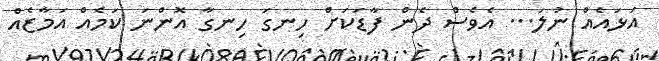
އަޅައެއް ނުލަ... އެވެސް ދެން ފާޑަކަށް ހިނގަ ހިނގާ އޮންނަ ކަމެއް އަމާޒެއް